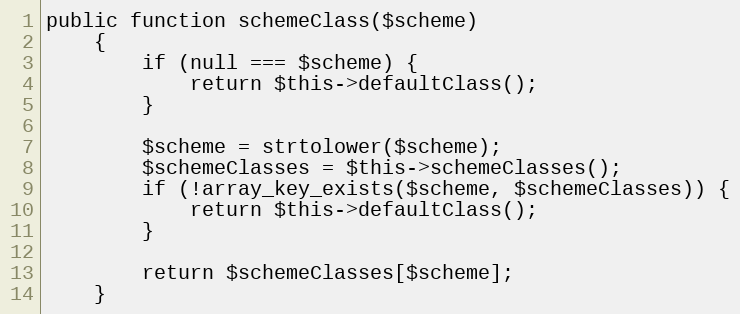
Language: PHP
public function schemeClass($scheme)
    {
        if (null === $scheme) {
            return $this->defaultClass();
        }

        $scheme = strtolower($scheme);
        $schemeClasses = $this->schemeClasses();
        if (!array_key_exists($scheme, $schemeClasses)) {
            return $this->defaultClass();
        }

        return $schemeClasses[$scheme];
    }